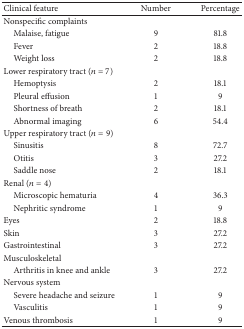
| Clinical feature | Number | Percentage |
 | --- | --- | --- |
 | Nonspecific complaints |  |  |
 | Malaise, fatigue | 9 | 81.8 |
 | Fever | 2 | 18.8 |
 | Weight loss | 2 | 18.8 |
 | Lower respiratory tract (n = 7) |  |  |
 | Hemoptysis | 2 | 18.1 |
 | Pleural effusion | 1 | 9 |
 | Shortness of breath | 2 | 18.1 |
 | Abnormal imaging | 6 | 54.4 |
 | Upper respiratory tract (n = 9) |  |  |
 | Sinusitis | 8 | 72.7 |
 | Otitis | 3 | 27.2 |
 | Saddle nose | 2 | 18.1 |
 | Renal (n = 4) |  |  |
 | Microscopic hematuria | 4 | 36.3 |
 | Nephritic syndrome | 1 | 9 |
 | Eyes | 2 | 18.8 |
 | Skin | 3 | 27.2 |
 | Gastrointestinal | 3 | 27.2 |
 | Musculoskeletal |  |  |
 | Arthritis in knee and ankle | 3 | 27.2 |
 | Nervous system |  |  |
 | Severe headache and seizure | 1 | 9 |
 | Vasculitis | 1 | 9 |
 | Venous thrombosis | 1 | 9 |